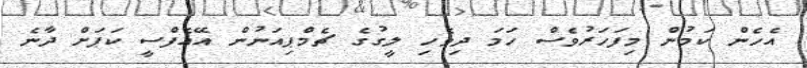
އެހެން ކަމުން މިފަހަރުވެސް ހަމަ ދިވެހި ލީގުގެ ޗެމްޕިއަނުން އޭއެފްސީ ކަޕަށް ދާނެ